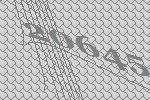
20645